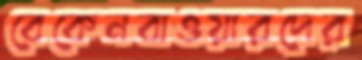
বেকেনবাওয়ারদের